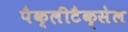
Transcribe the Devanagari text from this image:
पैक्लीटैक्सेल